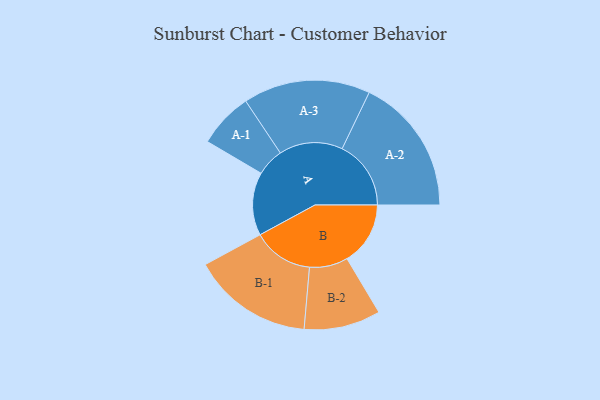
{"axis": {"x": "Segment", "y": "Value"}, "legend": ["", "A", "B"], "data": [{"x": "A", "y": 265, "type": ""}, {"x": "B", "y": 266, "type": ""}, {"x": "A-1", "y": 116, "type": "A"}, {"x": "A-2", "y": 289, "type": "A"}, {"x": "A-3", "y": 267, "type": "A"}, {"x": "B-1", "y": 254, "type": "B"}, {"x": "B-2", "y": 161, "type": "B"}]}